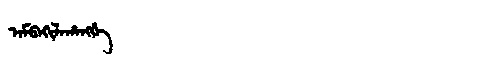
Manchu: ᠠᠮᠪᠠᡴᡳᠯᠠᡥᠠᠩᡤᡝ
Romanization: AMBAKILAHANGGE